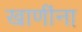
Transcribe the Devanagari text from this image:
खाणींना